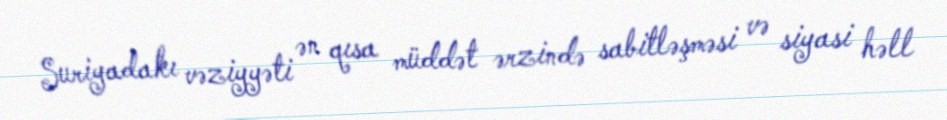
Suriyadakı vəziyyəti ən qısa müddət ərzində sabitləşməsi və siyasi həll